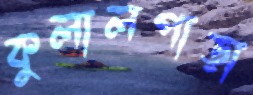
কুলালপাড়া